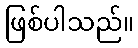
ဖြစ်ပါသည်။